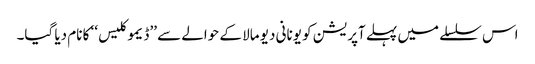
اس سلسلے میں پہلے آپریشن کو یونانی دیو مالا کے حوالے سے ’’ڈیموکلیس‘‘ کا نام دیا گیا۔